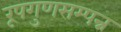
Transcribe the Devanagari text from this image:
रूपगुणसम्पन्न